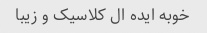
خوبه ایده ال کلاسیک و زیبا